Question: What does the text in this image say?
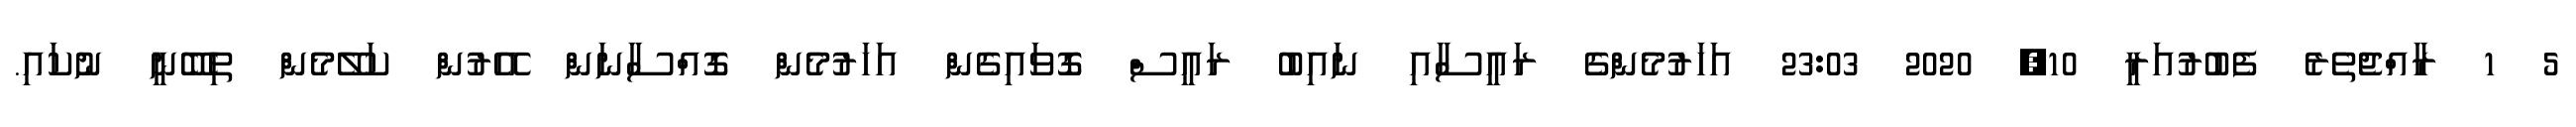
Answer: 5 1 ރާއްޖެތެރެ ފެބުރުއަރީ 10, 2020 23:03 އަހަރުމެންގެ ރައީސާއި ނައިބު ރައީސް ގޮވައިގެން އަހަރުމެން ގޮއްސާނަން އޭރުން ކަލޭމެން ތިބޭނީ ނުކައި.